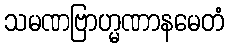
သမဏဗြာဟ္မဏာနမေတံ